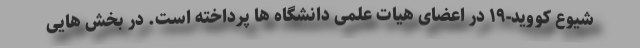
شیوع کووید-۱۹ در اعضای هیات علمی دانشگاه ها پرداخته است. در بخش هایی